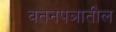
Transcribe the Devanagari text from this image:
वतनपञातील